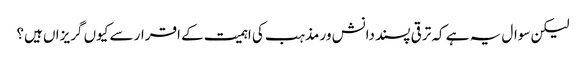
لیکن سوال یہ ہے کہ ترقی پسند دانش ور مذہب کی اہمیت کے اقرار سے کیوں گریزاں ہیں؟